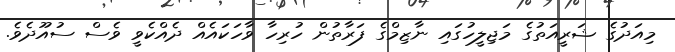
މިއަދުގެ ޝަރީއަތުގެ މަޖިލީހުގައި ނާޒިމްގެ ފަރާތުން ހުރިހާ ވާހަކައެއް ދެއްކެވީ ވެސް ސުއޫދެވެ.